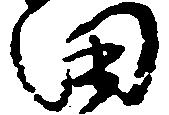
田